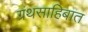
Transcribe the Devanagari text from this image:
ग्रंथसाहिबात